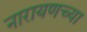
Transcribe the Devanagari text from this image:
नारायणच्या